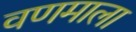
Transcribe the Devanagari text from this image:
वणमाला